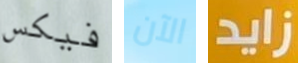
فيكس الآن زايد